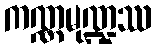
ကဏ္ဏမုဏ္ဍဿ